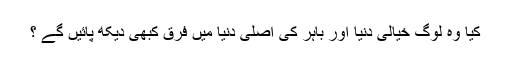
کیا وہ لوگ خیالی دنیا اور باہر کی اصلی دنیا میں فرق کبھی دیکھ پائیں گے ؟